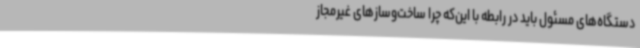
دستگاه‌های مسئول باید در رابطه با این‌که چرا ساخت‌وسازهای غیرمجاز